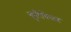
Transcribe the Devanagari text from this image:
कुरिचियात